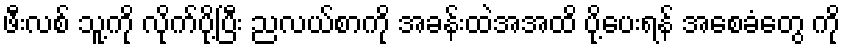
ဖီးလစ် သူ့ကို လိုက်ပို့ပြီး ညလယ်စာကို အခန်းထဲအအထိ ပို့ပေးရန် အစေခံတွေ ကို